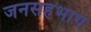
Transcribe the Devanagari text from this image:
जनसहभाग